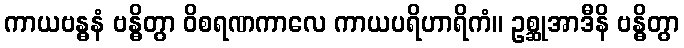
ကာယဗန္ဓနံ ဗန္ဓိတွာ ဝိစရဏကာလေ ကာယပရိဟာရိကံ။ ဥစ္ဆုအာဒီနိ ဗန္ဓိတွာ